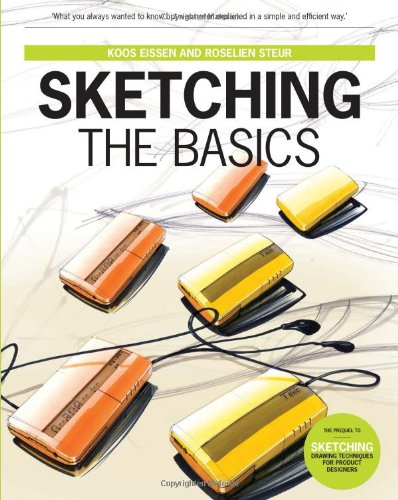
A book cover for Sketching: The Basics (2nd printing); Roselien Steur; Engineering & Transportation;